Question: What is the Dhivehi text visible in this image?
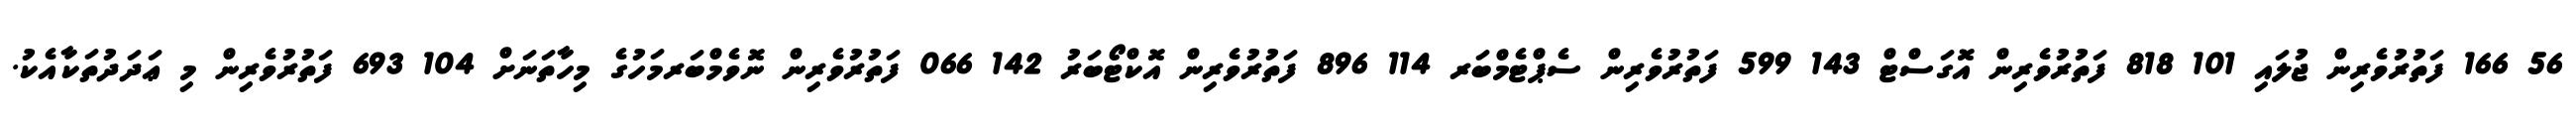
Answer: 56 166 ފަތުރުވެރިން ޖުލައި 101 818 ފަތުރުވެރިން އޮގަސްޓް 143 599 ފަތުރުވެރިން ސެޕްޓެމްބަރ 114 896 ފަތުރުވެރިން އޮކްޓޯބަރު 142 066 ފަތުރުވެރިން ނޮވެމްބަރމަހުގެ މިހާތަނަށް 104 693 ފަތުރުވެރިން މި ޢަދަދުތަކާއެކު.